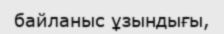
байланыс ұзындығы,